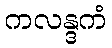
ကလန္ဒကံ